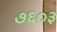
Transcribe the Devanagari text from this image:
७६०३